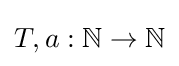
T,a:\mathbb {N} \rightarrow \mathbb {N}